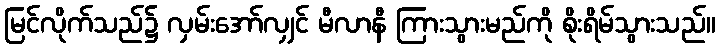
မြင်လိုက်သည်၌ လှမ်းအော်လျှင် မီလာနီ ကြားသွားမည်ကို စိုးရိမ်သွားသည်။